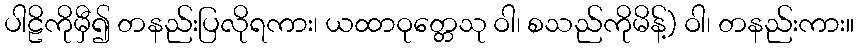
ပါဠိကိုမှီ၍ တနည်းပြလိုရကား၊ ယထာဝုတ္တေသု ဝါ၊ စသည်ကိုမိန့်) ဝါ၊ တနည်းကား။